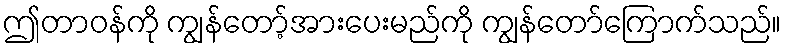
ဤတာဝန်ကို ကျွန်တော့်အားပေးမည်ကို ကျွန်တော်ကြောက်သည်။